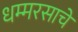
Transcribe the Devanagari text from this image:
धम्मरसाचे